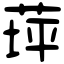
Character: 𦱾